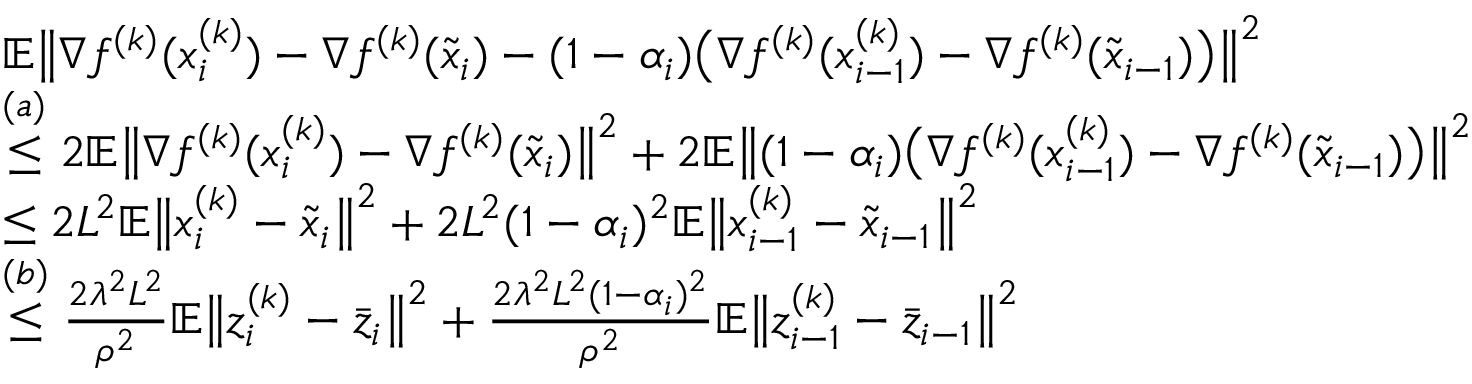
\begin{array} { r l } & { \mathbb { E } \big \| \nabla f ^ { ( k ) } ( x _ { i } ^ { ( k ) } ) - \nabla f ^ { ( k ) } ( \tilde { x } _ { i } ) - ( 1 - \alpha _ { i } ) \big ( \nabla f ^ { ( k ) } ( x _ { i - 1 } ^ { ( k ) } ) - \nabla f ^ { ( k ) } ( \tilde { x } _ { i - 1 } ) \big ) \big \| ^ { 2 } } \\ & { \overset { ( a ) } { \leq } 2 \mathbb { E } \big \| \nabla f ^ { ( k ) } ( x _ { i } ^ { ( k ) } ) - \nabla f ^ { ( k ) } ( \tilde { x } _ { i } ) \big \| ^ { 2 } + 2 \mathbb { E } \big \| ( 1 - \alpha _ { i } ) \big ( \nabla f ^ { ( k ) } ( x _ { i - 1 } ^ { ( k ) } ) - \nabla f ^ { ( k ) } ( \tilde { x } _ { i - 1 } ) \big ) \big \| ^ { 2 } } \\ & { \leq 2 L ^ { 2 } \mathbb { E } \big \| x _ { i } ^ { ( k ) } - \tilde { x } _ { i } \big \| ^ { 2 } + 2 L ^ { 2 } ( 1 - \alpha _ { i } ) ^ { 2 } \mathbb { E } \big \| x _ { i - 1 } ^ { ( k ) } - \tilde { x } _ { i - 1 } \big \| ^ { 2 } } \\ & { \overset { ( b ) } { \leq } \frac { 2 \lambda ^ { 2 } L ^ { 2 } } { \rho ^ { 2 } } \mathbb { E } \big \| z _ { i } ^ { ( k ) } - \bar { z } _ { i } \big \| ^ { 2 } + \frac { 2 \lambda ^ { 2 } L ^ { 2 } ( 1 - \alpha _ { i } ) ^ { 2 } } { \rho ^ { 2 } } \mathbb { E } \big \| z _ { i - 1 } ^ { ( k ) } - \bar { z } _ { i - 1 } \big \| ^ { 2 } } \end{array}